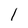
Character: 1